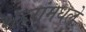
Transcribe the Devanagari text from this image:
शहरांमधले